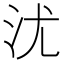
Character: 沋